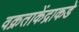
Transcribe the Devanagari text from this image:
वक्रताकेंद्राकडे